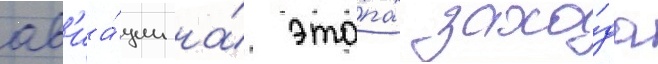
ав'иа́ции на́ эта́пах захо́да